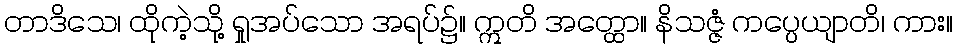
တာဒိသေ၊ ထိုကဲ့သို့ ရှုအပ်သော အရပ်၌။ ဣတိ အတ္ထော။ နိသဇ္ဇံ ကပ္ပေယျာတိ၊ ကား။